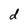
Character: d